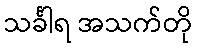
သင်္ခါရ အသက်တို